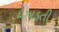
દઝાડતી